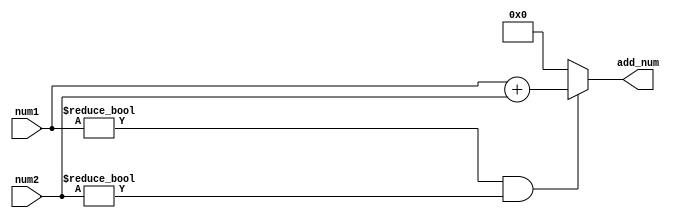
module add(num1,num2,add_num);
input [3:0] num1;
input [3:0] num2;
output [4:0] add_num;
reg [4:0] add_num;

always@(num1 or num2)begin
	if(num1!=0&&num2!=0)
		add_num=num1+num2;
	else add_num=0;
end

endmodule